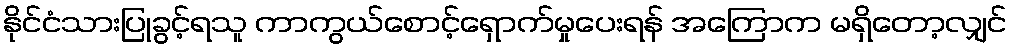
နိုင်ငံသားပြုခွင့်ရသူ ကာကွယ်စောင့်ရှောက်မှုပေးရန် အကြောက မရှိတော့လျှင်